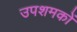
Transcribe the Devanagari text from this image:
उपशमकों